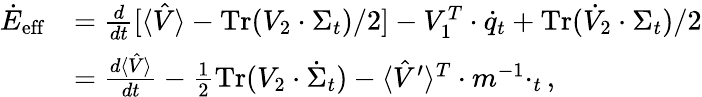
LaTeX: \begin{array}{rl}{\dot{E}_{\mathrm{eff}}}&{=\frac{d}{dt}[\langle\hat{V}\rangle-\operatorname{Tr}(V_{2}\cdot\Sigma_{t})/2]-V_{1}^{T}\cdot\dot{q}_{t}+\operatorname{Tr}(\dot{V}_{2}\cdot\Sigma_{t})/2}\\ &{=\frac{d\langle\hat{V}\rangle}{dt}-\frac{1}{2}\operatorname{Tr}(V_{2}\cdot\dot{\Sigma}_{t})-\langle\hat{V}^{\prime}\rangle^{T}\cdot m^{-1}\cdotp_{t},}\end{array}